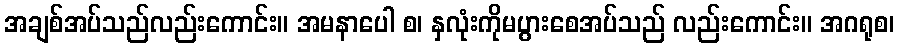
အချစ်အပ်သည်လည်းကောင်း။ အမနာပေါ စ၊ နှလုံးကိုမပွားစေအပ်သည် လည်းကောင်း။ အဂရုစ၊